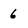
Character: 6